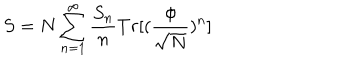
S = N \sum _ { n = 1 } ^ { \infty } \frac { S _ { n } } { n } T r [ ( \frac { \phi } { \sqrt N } ) ^ { n } ]